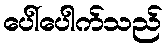
ပေါ်ပေါက်သည်